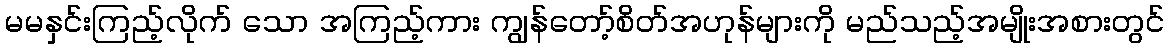
မမနှင်းကြည့်လိုက် သော အကြည့်ကား ကျွန်တော့်စိတ်အဟုန်များကို မည်သည့်အမျိုးအစားတွင်